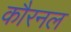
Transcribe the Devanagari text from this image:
कौरनल